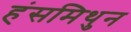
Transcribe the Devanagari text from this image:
हंसमिथुन